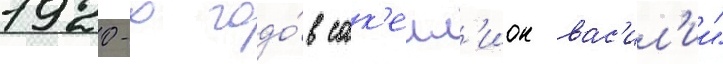
1920-х годо́в сак'елл'ион вас'ил'ии"